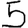
Digit: 5